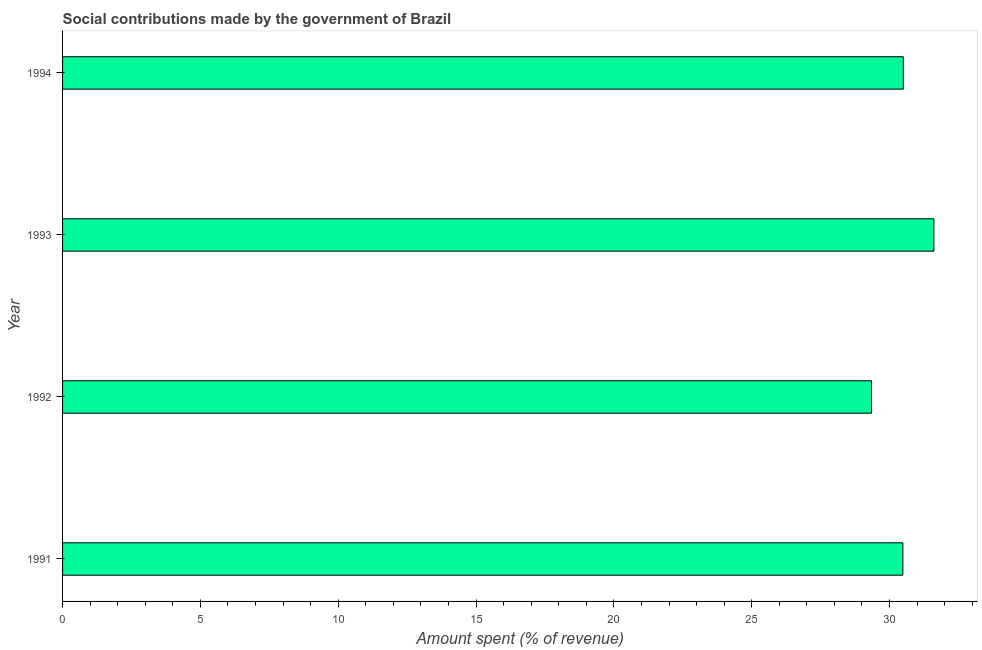
| Year | Social contributions |
 | --- | --- |
 | 1991 | 30.5 |
 | 1992 | 29.3 |
 | 1993 | 31.6 |
 | 1994 | 30.5 |